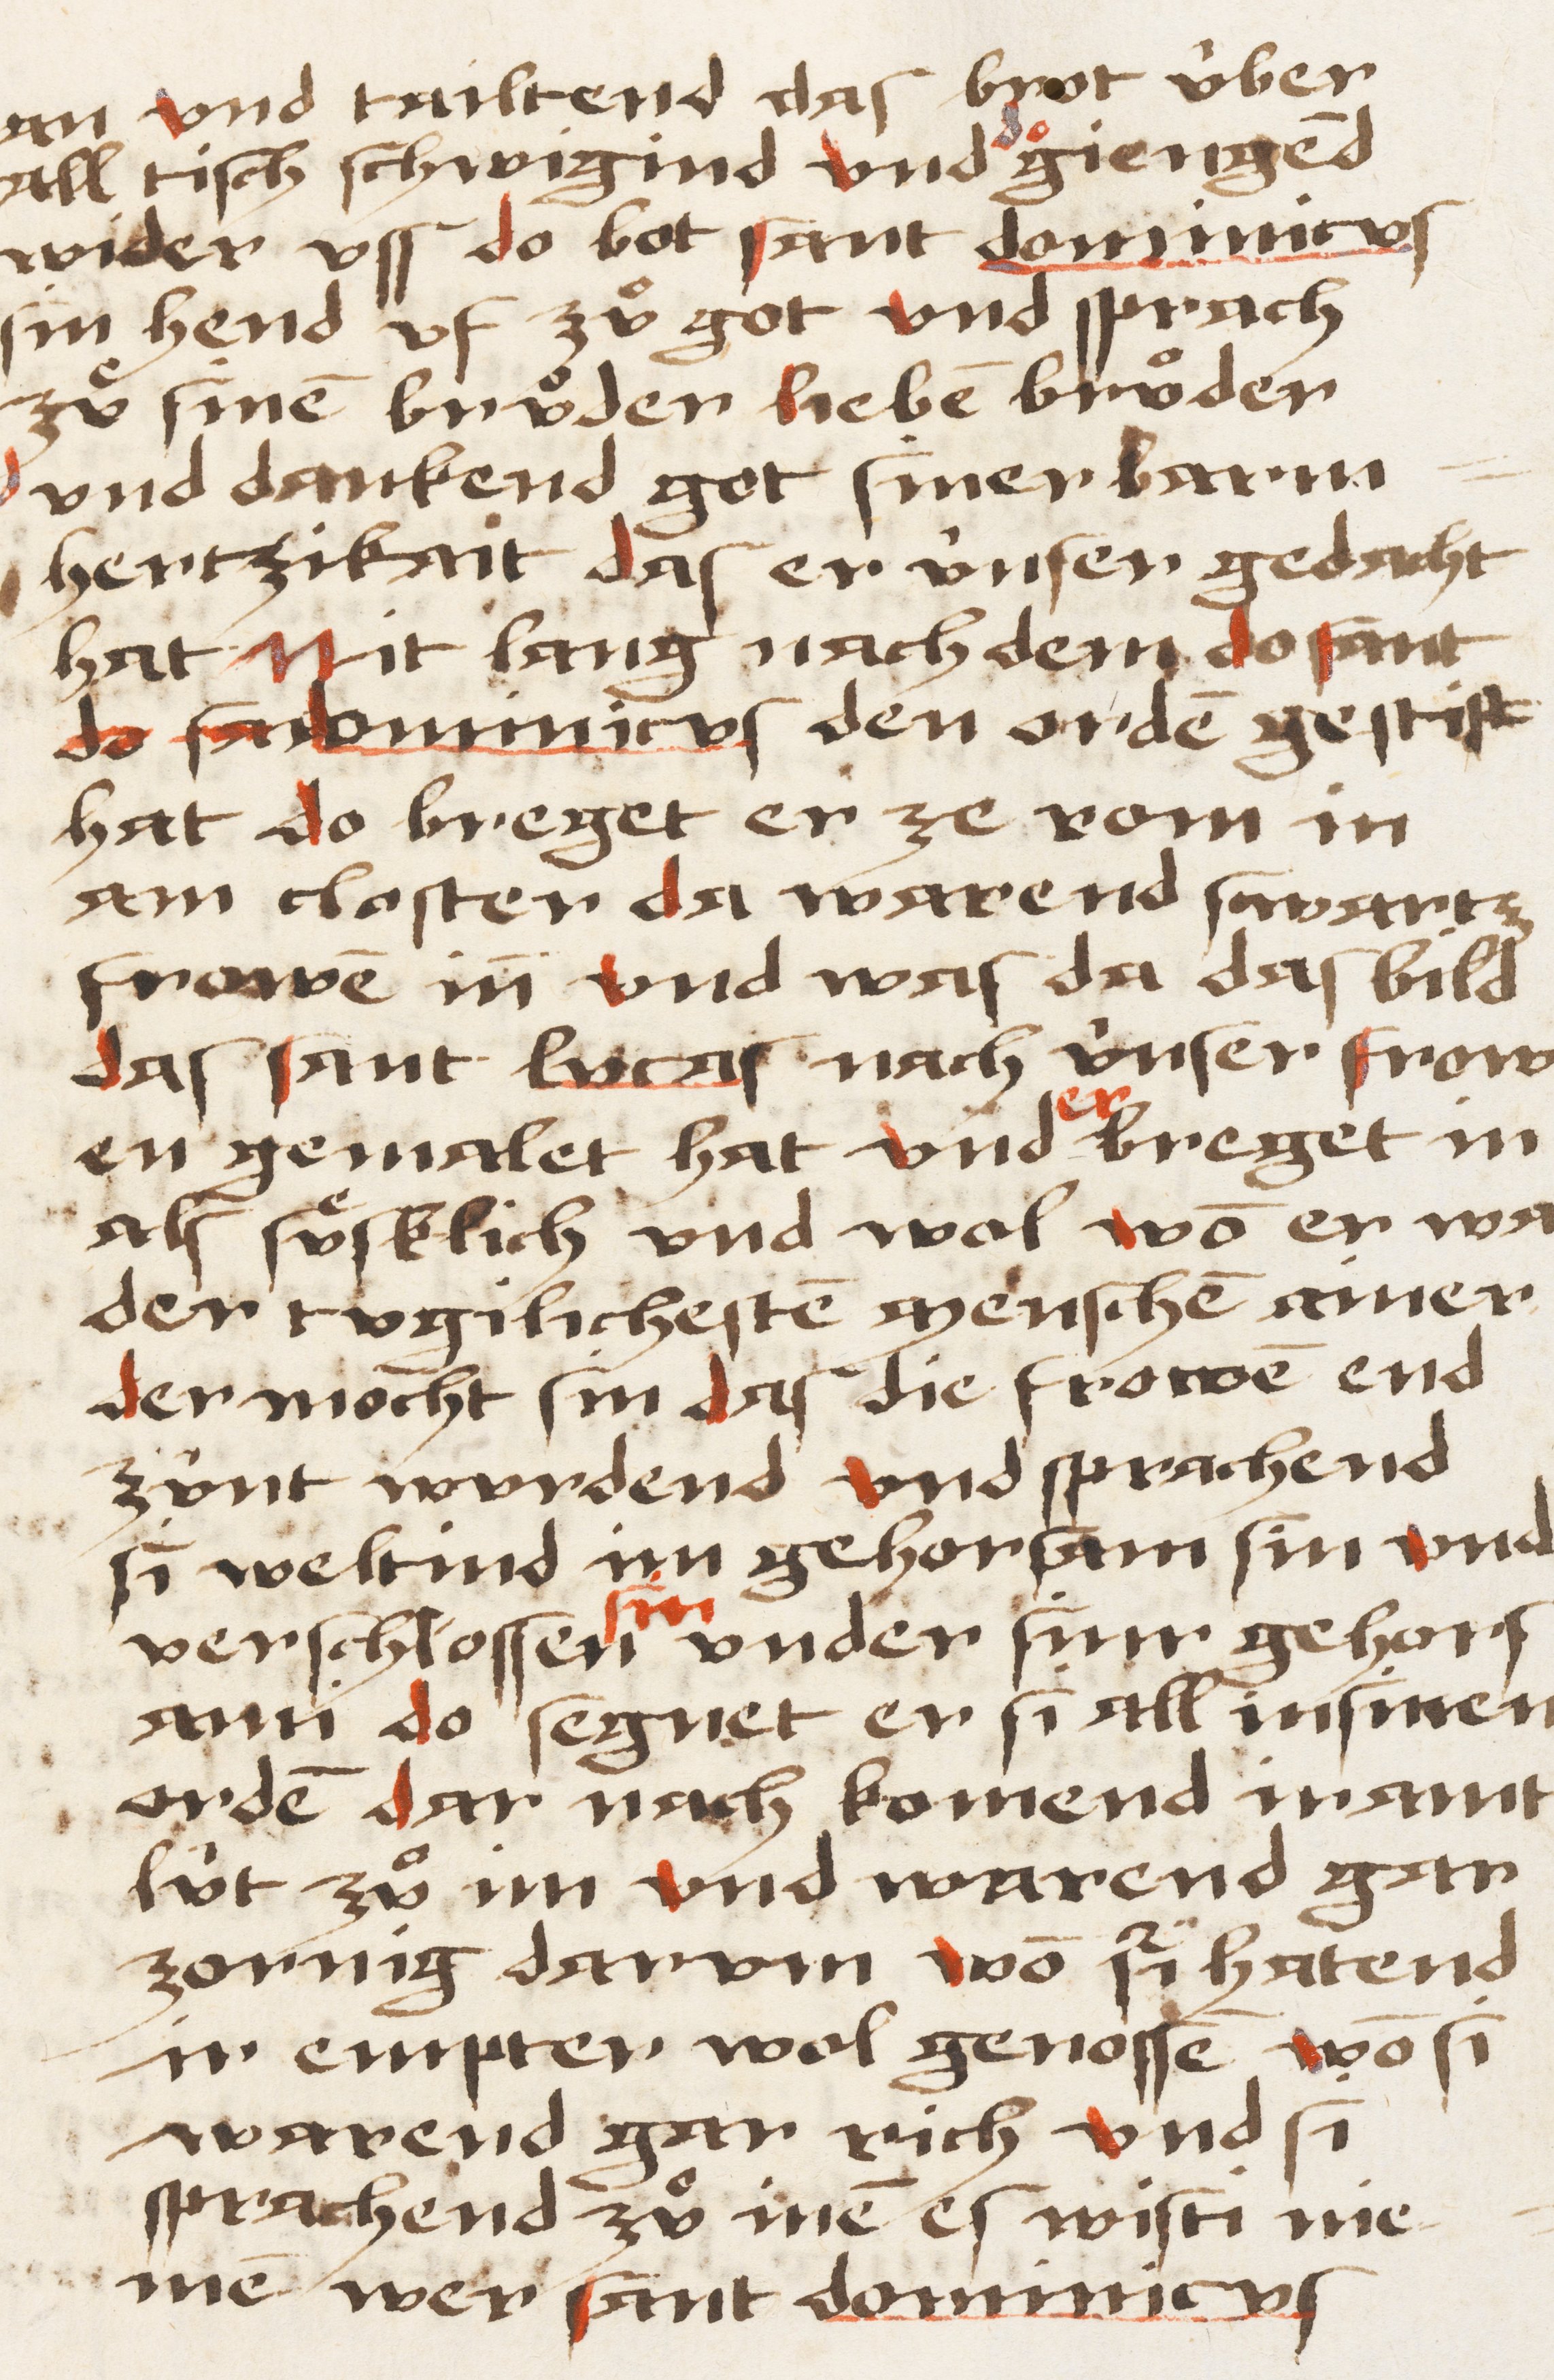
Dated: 1450–1499